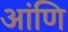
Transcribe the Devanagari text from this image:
आंणि